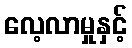
လေ့လာမှုနှင့်